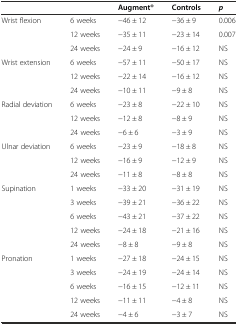
|  |  | Augment® | Controls | p |
 | --- | --- | --- | --- | --- |
 | Wrist flexion | 6 weeks | −46 ± 12 | −36 ± 9 | 0.006 |
 |  | 12 weeks | −35 ± 11 | −23 ± 14 | 0.007 |
 |  | 24 weeks | −24 ± 9 | −16 ± 12 | NS |
 | Wrist extension | 6 weeks | −57 ± 11 | −50 ± 17 | NS |
 |  | 12 weeks | −22 ± 14 | −16 ± 12 | NS |
 |  | 24 weeks | −10 ± 11 | −9 ± 8 | NS |
 | Radial deviation | 6 weeks | −23 ± 8 | −22 ± 10 | NS |
 |  | 12 weeks | −12 ± 8 | −8 ± 9 | NS |
 |  | 24 weeks | −6 ± 6 | −3 ± 9 | NS |
 | Ulnar deviation | 6 weeks | −23 ± 9 | −18 ± 8 | NS |
 |  | 12 weeks | −16 ± 9 | −12 ± 9 | NS |
 |  | 24 weeks | −11 ± 8 | −8 ± 8 | NS |
 | Supination | 1 weeks | −33 ± 20 | −31 ± 19 | NS |
 |  | 3 weeks | −39 ± 21 | −36 ± 22 | NS |
 |  | 6 weeks | −43 ± 21 | −37 ± 22 | NS |
 |  | 12 weeks | −24 ± 18 | −21 ± 16 | NS |
 |  | 24 weeks | −8 ± 8 | −9 ± 8 | NS |
 | Pronation | 1 weeks | −27 ± 18 | −24 ± 15 | NS |
 |  | 3 weeks | −24 ± 19 | −24 ± 14 | NS |
 |  | 6 weeks | −16 ± 15 | −12 ± 11 | NS |
 |  | 12 weeks | −11 ± 11 | −4 ± 8 | NS |
 |  | 24 weeks | −4 ± 6 | −3 ± 7 | NS |